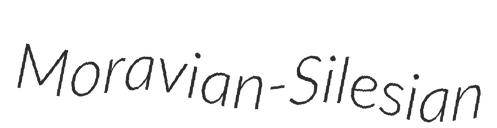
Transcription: Moravian-Silesian